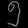
Digit: ၅